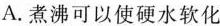
A.煮沸可以使硬水软化